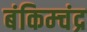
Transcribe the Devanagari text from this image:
बंकिम्चंद्र